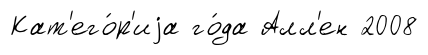
Кат'его́р'иjа го́да Алл'ен 2008